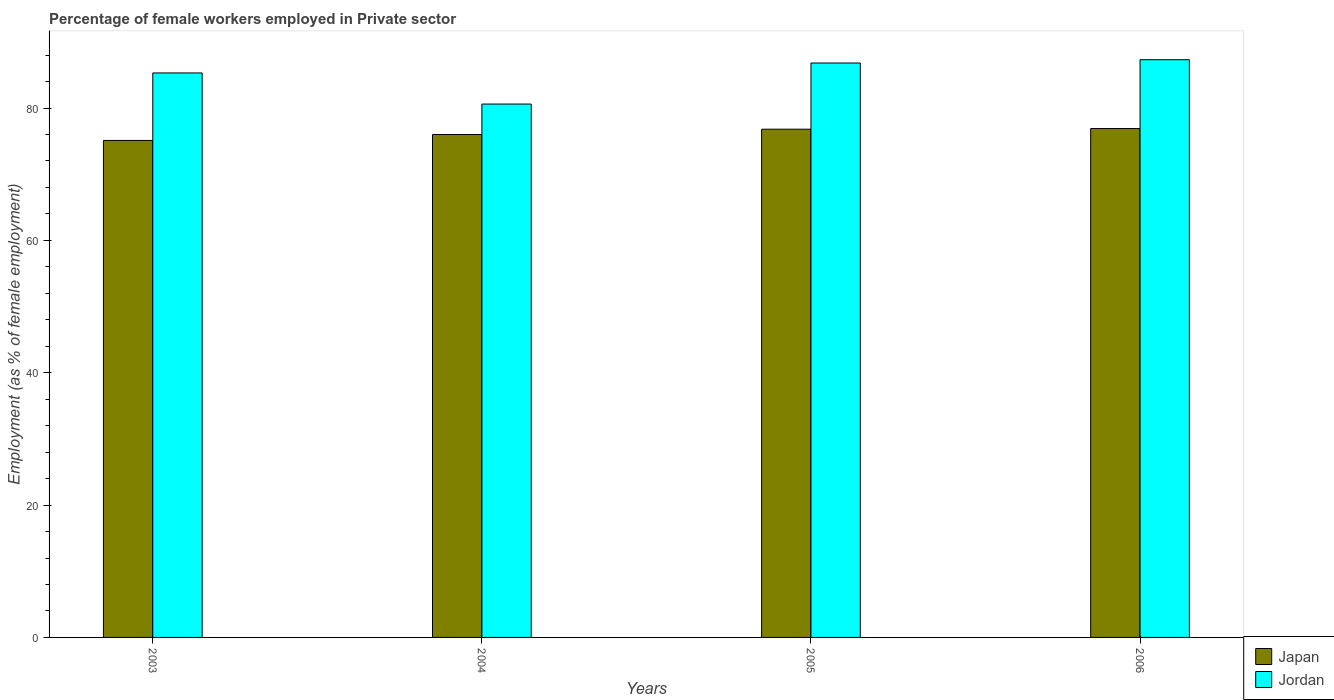
| Years | Japan | Jordan |
 | --- | --- | --- |
 | 2003 | 75.1 | 85.3 |
 | 2004 | 76 | 80.6 |
 | 2005 | 76.8 | 86.8 |
 | 2006 | 76.9 | 87.3 |